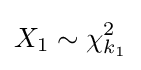
X_{1}\sim \chi _{k_{1}}^{2}